65_HS1-834228961_62-HQ-83894_Section_5
Agency: FBI
Page 166
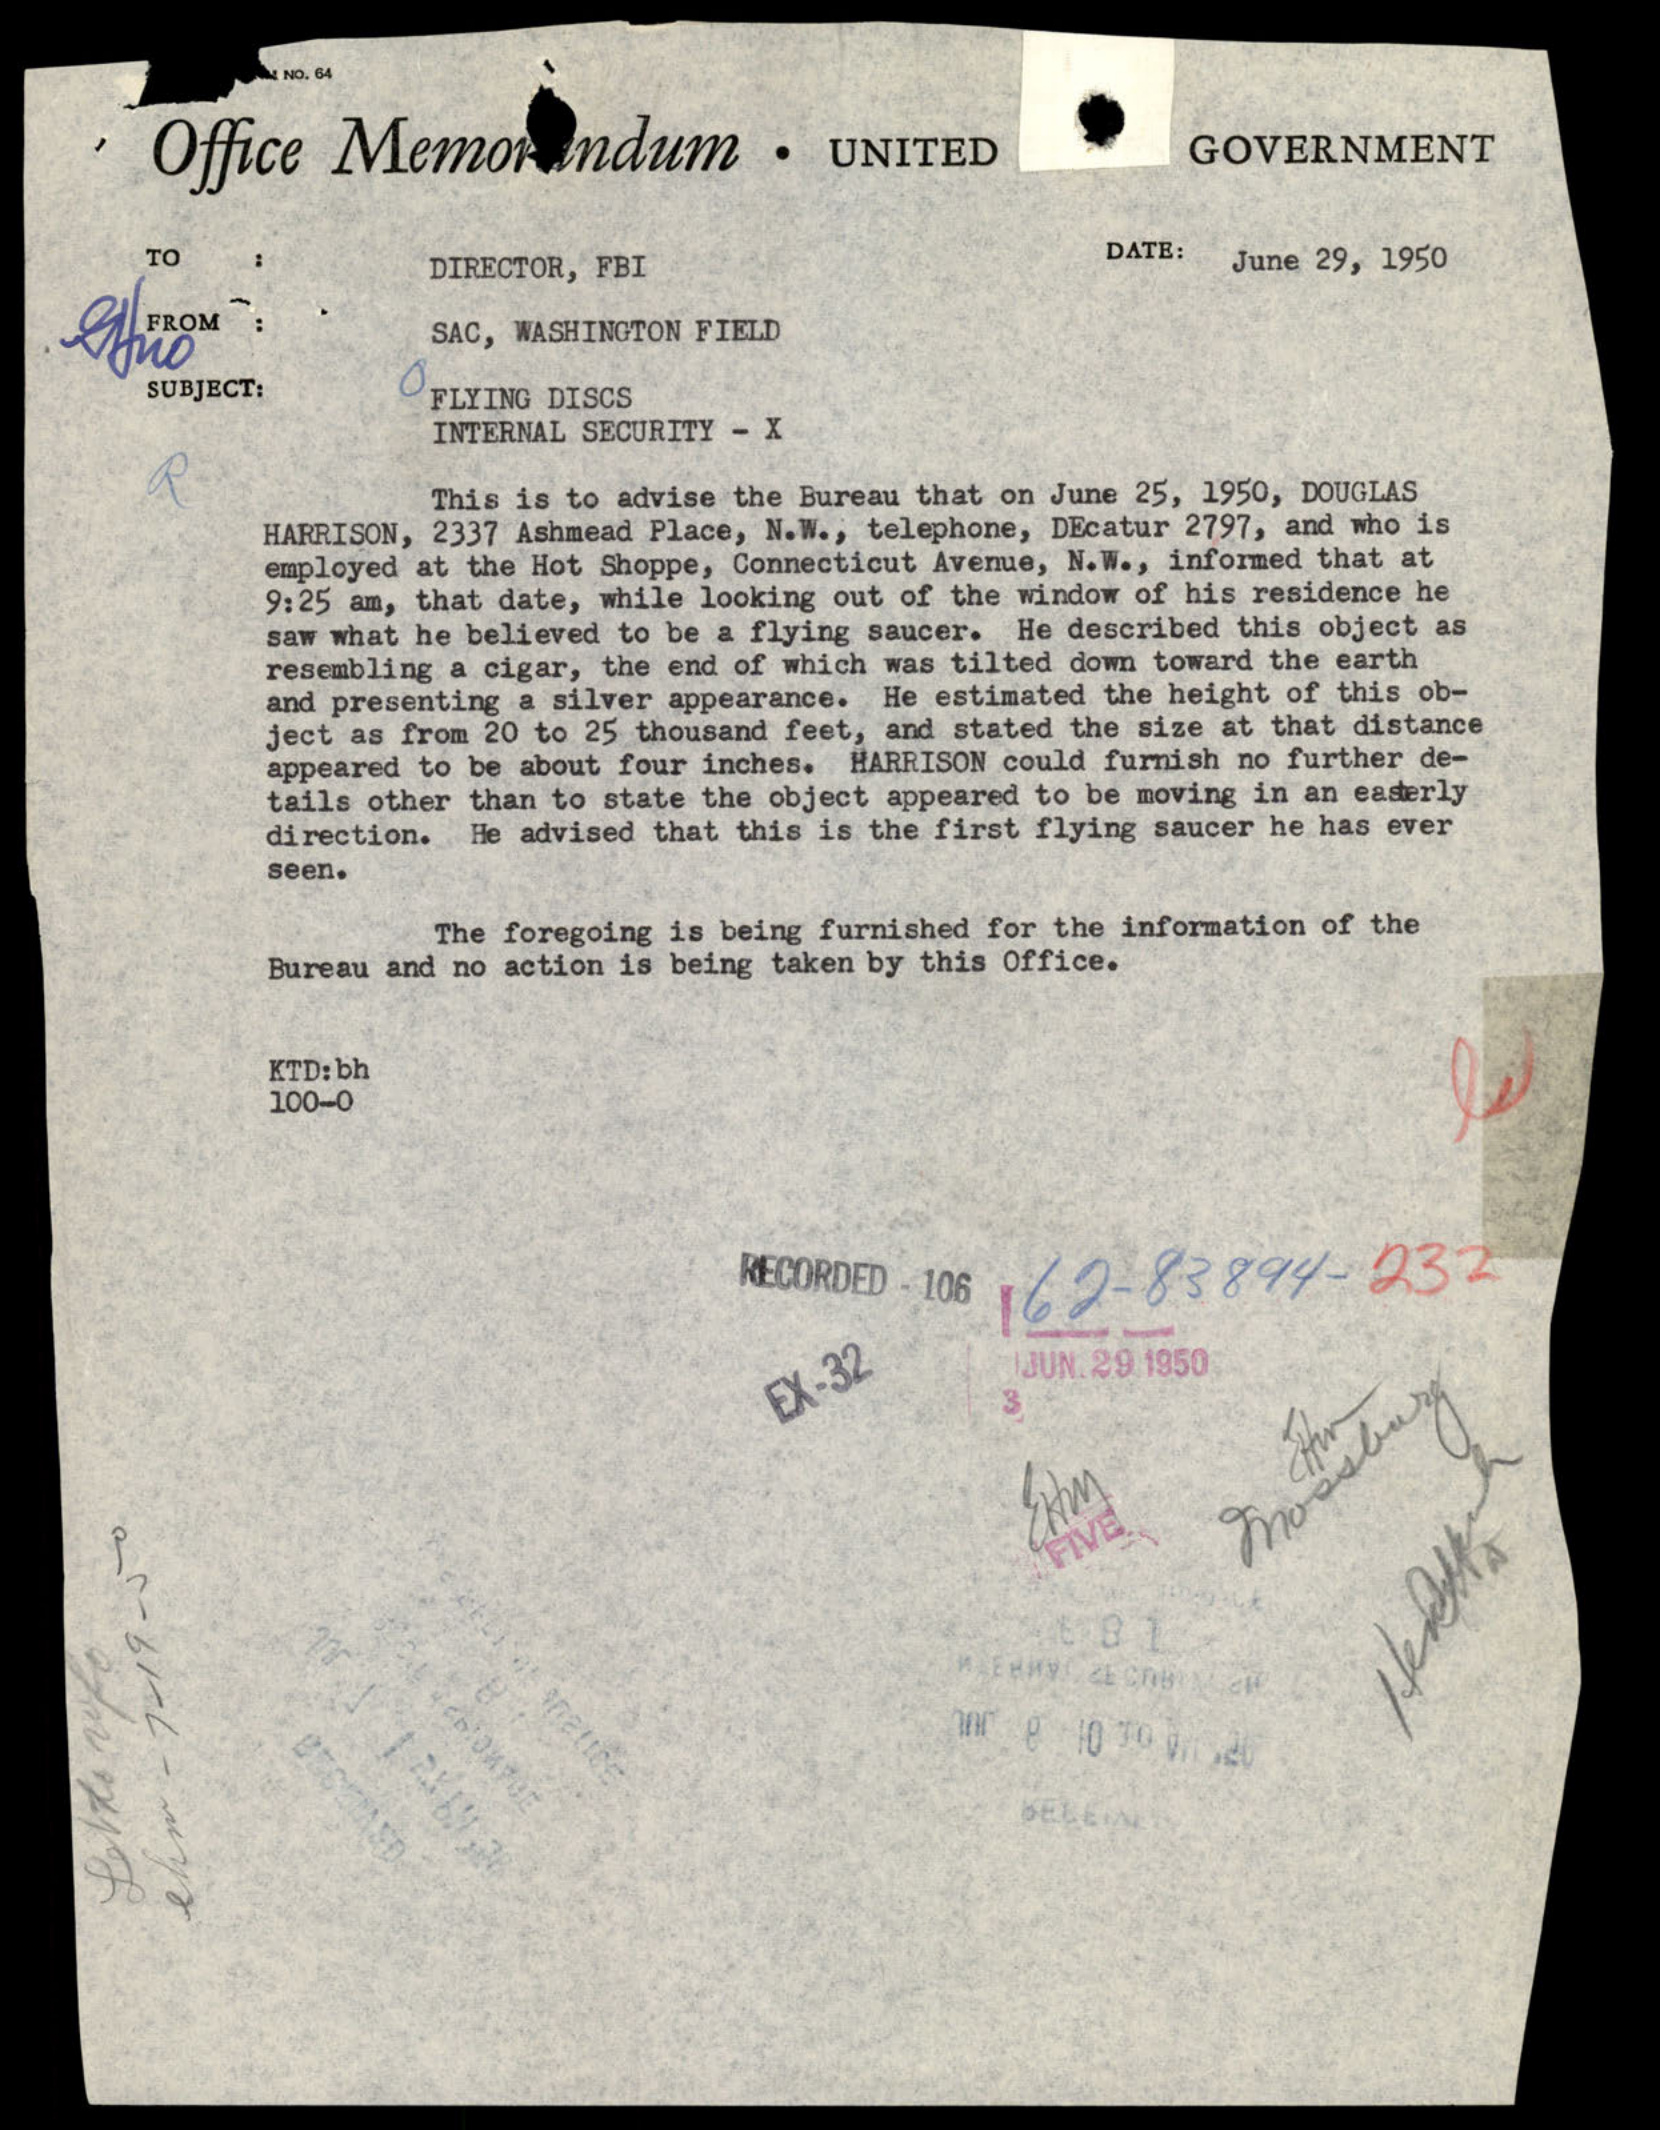